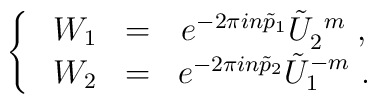
\left\{~\begin{array}{ccc}W_1&=& e^{-2\pi i n \tilde{p}_1 } \tilde{U}_2^{~m}~, \\W_2&=& e^{-2\pi i n \tilde{p}_2 } \tilde{U}_1^{-m}~.\end{array}\right.